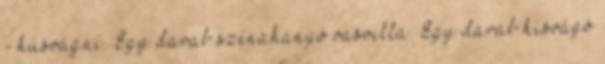
- húsvágni. Egy darab szénahányó vasvilla. Egy darab hísvágó